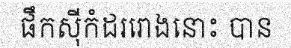
ផឹកស៊ីកំដររោងនោះ បាន